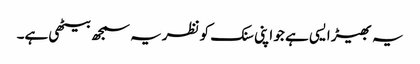
یہ بھیڑ ایسی ہے جو اپنی سنک کو نظریہ سمجھ بیٹھی ہے۔